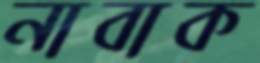
নাবাক